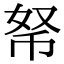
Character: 𢂬